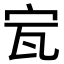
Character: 𡧗